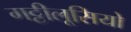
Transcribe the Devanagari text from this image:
गट्टीलूसियो